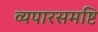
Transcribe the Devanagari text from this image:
व्यपारसमष्टि